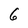
Character: 6